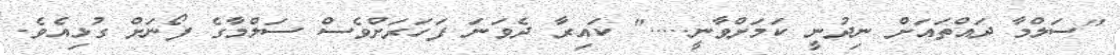
"ސަލްމާ ދައްތައަށް ނިދުނީ ކަމަށްވާނީ....." ކައިރާ ދެވަނަ ފަހަރަށްވެސް ސަލްމާގެ ފޯނަށް ގުޅިއެވެ.